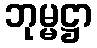
ဘုမ္မဋ္ဌာ